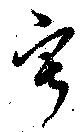
寂